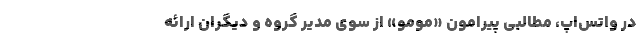
در واتس‌اپ، مطالبی پیرامون «مومو» از سوی مدیر گروه و دیگران ارائه